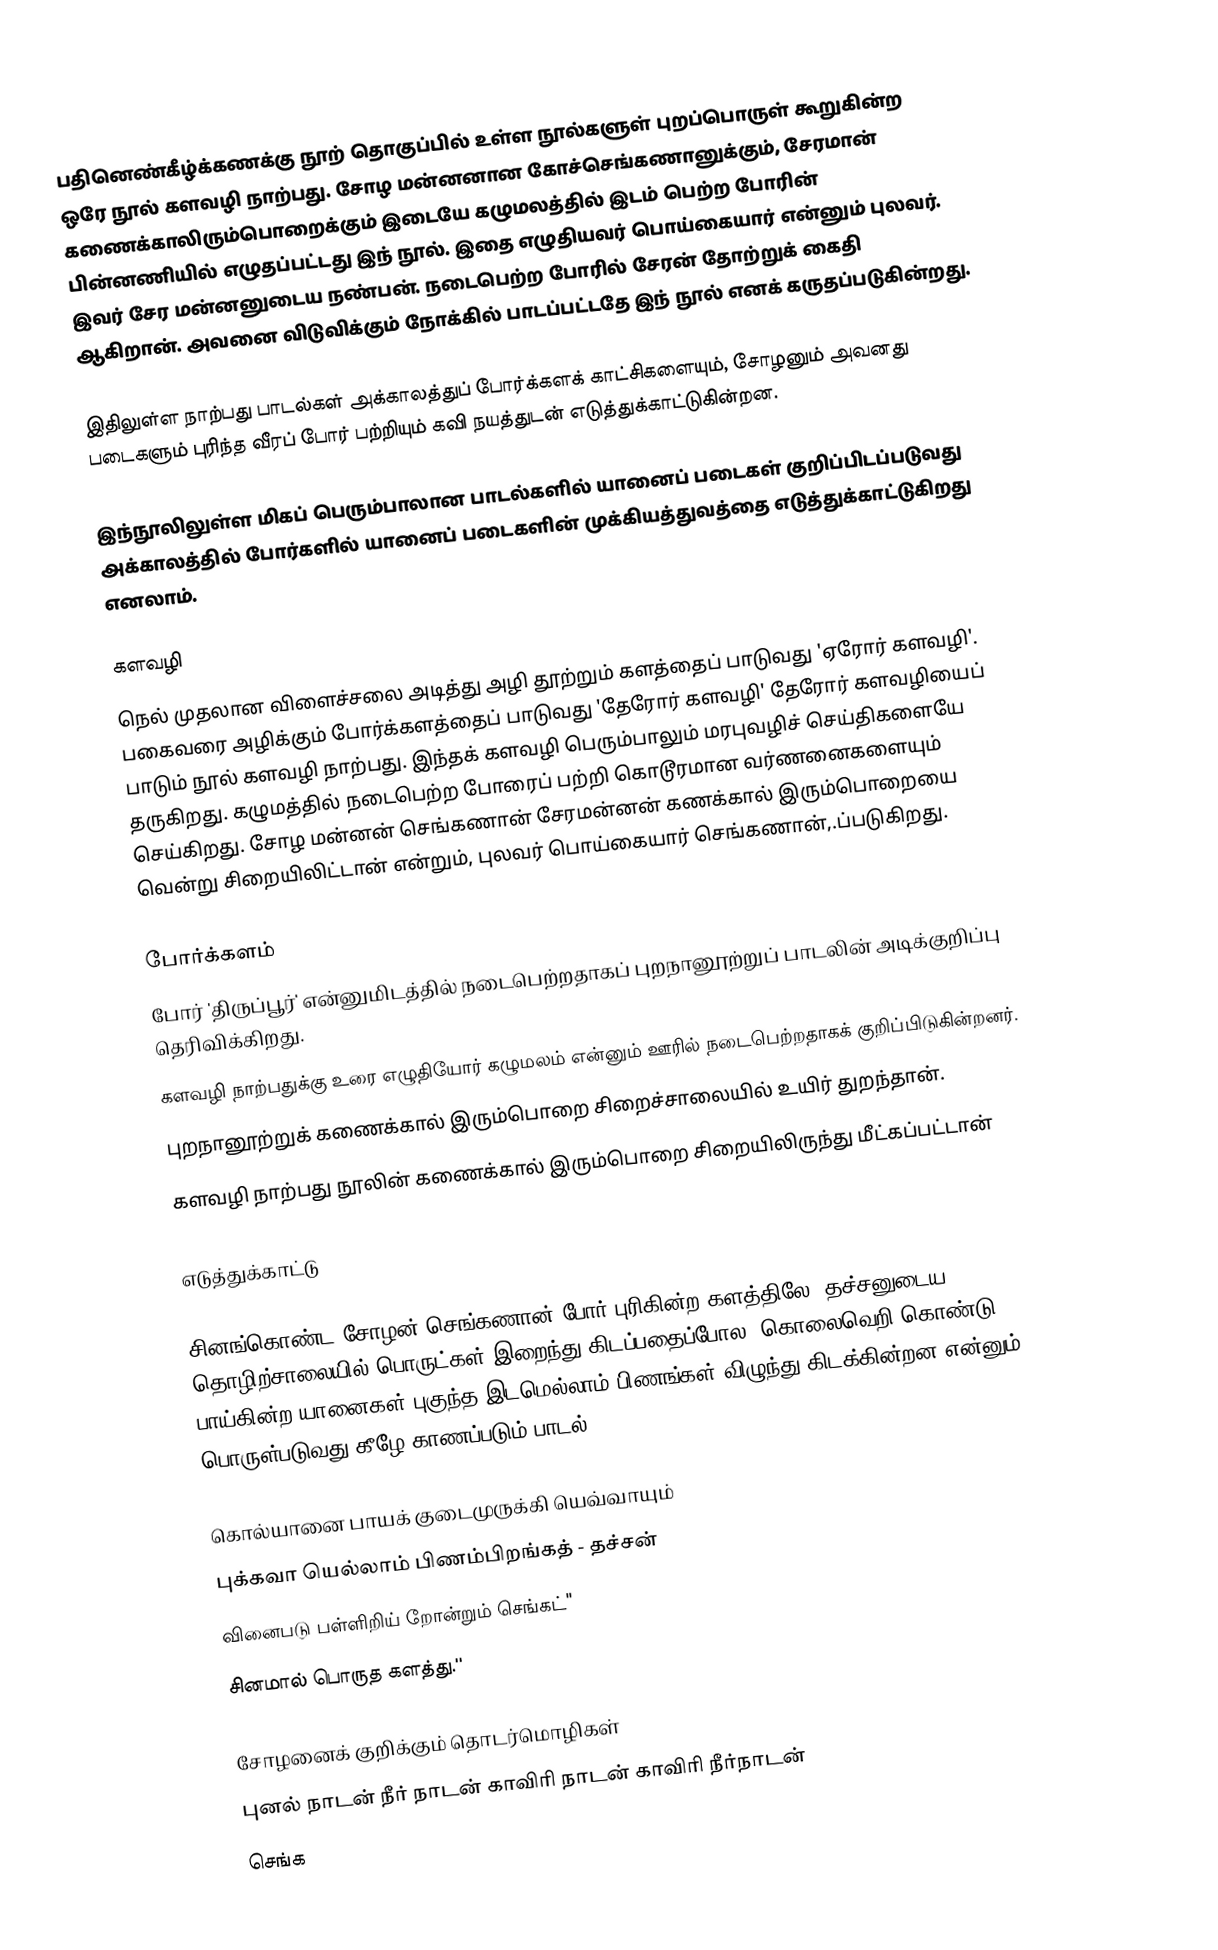
பதினெண்கீழ்க்கணக்கு நூற் தொகுப்பில் உள்ள நூல்களுள் புறப்பொருள் கூறுகின்ற ஒரே நூல் களவழி நாற்பது. சோழ மன்னனான கோச்செங்கணானுக்கும், சேரமான் கணைக்காலிரும்பொறைக்கும் இடையே கழுமலத்தில் இடம் பெற்ற போரின் பின்னணியில் எழுதப்பட்டது இந் நூல். இதை எழுதியவர் பொய்கையார் என்னும் புலவர். இவர் சேர மன்னனுடைய நண்பன். நடைபெற்ற போரில் சேரன் தோற்றுக் கைதி ஆகிறான். அவனை விடுவிக்கும் நோக்கில் பாடப்பட்டதே இந் நூல் எனக் கருதப்படுகின்றது.

இதிலுள்ள நாற்பது பாடல்கள் அக்காலத்துப் போர்க்களக் காட்சிகளையும், சோழனும் அவனது படைகளும் புரிந்த வீரப் போர் பற்றியும் கவி நயத்துடன் எடுத்துக்காட்டுகின்றன.

இந்நூலிலுள்ள மிகப் பெரும்பாலான பாடல்களில் யானைப் படைகள் குறிப்பிடப்படுவது அக்காலத்தில் போர்களில் யானைப் படைகளின் முக்கியத்துவத்தை எடுத்துக்காட்டுகிறது எனலாம்.

களவழி
நெல் முதலான விளைச்சலை அடித்து அழி தூற்றும் களத்தைப் பாடுவது 'ஏரோர் களவழி'. பகைவரை அழிக்கும் போர்க்களத்தைப் பாடுவது 'தேரோர் களவழி'  தேரோர் களவழியைப் பாடும் நூல் களவழி நாற்பது. இந்தக் களவழி பெரும்பாலும் மரபுவழிச் செய்திகளையே தருகிறது. கழுமத்தில் நடைபெற்ற போரைப் பற்றி கொடூரமான வர்ணனைகளையும் செய்கிறது. சோழ மன்னன் செங்கணான் சேரமன்னன் கணக்கால் இரும்பொறையை வென்று சிறையிலிட்டான் என்றும், புலவர் பொய்கையார் செங்கணான்,.ப்படுகிறது.

போர்க்களம்
போர் 'திருப்பூர்' என்னுமிடத்தில் நடைபெற்றதாகப் புறநானூற்றுப் பாடலின் அடிக்குறிப்பு தெரிவிக்கிறது.
களவழி நாற்பதுக்கு உரை எழுதியோர் கழுமலம் என்னும் ஊரில் நடைபெற்றதாகக் குறிப்பிடுகின்றனர்.
புறநானூற்றுக் கணைக்கால் இரும்பொறை சிறைச்சாலையில் உயிர் துறந்தான்.
களவழி நாற்பது நூலின் கணைக்கால் இரும்பொறை சிறையிலிருந்து மீட்கப்பட்டான்

எடுத்துக்காட்டு

சினங்கொண்ட சோழன் செங்கணான் போர் புரிகின்ற களத்திலே, தச்சனுடைய தொழிற்சாலையில் பொருட்கள் இறைந்து கிடப்பதைப்போல, கொலைவெறி கொண்டு பாய்கின்ற யானைகள் புகுந்த இடமெல்லாம் பிணங்கள் விழுந்து கிடக்கின்றன என்னும் பொருள்படுவது கீழே காணப்படும் பாடல்.

 கொல்யானை பாயக் குடைமுருக்கி யெவ்வாயும்
 புக்கவா யெல்லாம் பிணம்பிறங்கத் - தச்சன்
 வினைபடு பள்ளிறிய் றோன்றும் செங்கட்"
 சினமால் பொருத களத்து.''

சோழனைக் குறிக்கும் தொடர்மொழிகள்
புனல் நாடன்  நீர் நாடன்  காவிரி நாடன்  காவிரி நீர்நாடன்
செங்க